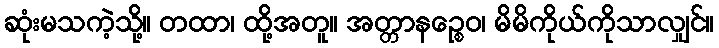
ဆုံးမသကဲ့သို့။ တထာ၊ ထို့အတူ။ အတ္တာနဉ္စေဝ၊ မိမိကိုယ်ကိုသာလျှင်။